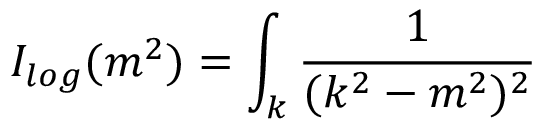
I _ { l o g } ( m ^ { 2 } ) = \int _ { k } \frac { 1 } { ( k ^ { 2 } - m ^ { 2 } ) ^ { 2 } }